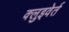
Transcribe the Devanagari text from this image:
क्लुइवेर्त